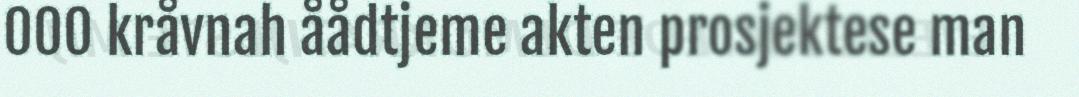
000 kråvnah åådtjeme akten prosjektese man